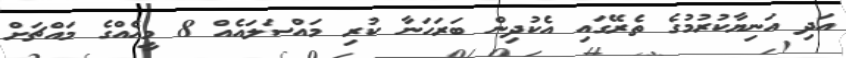
އަދި އަނިޔާކުރުމުގެ ތެރޭގައި އެކުދިން ބަރަހަނާ ކުރި މައްސަލައެއް 8 މީހެއްގެ މައްޗަށް